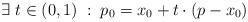
LaTeX: \begin{align*} \exists \; t \in (0,1) \; : \; p_0 = x_0 + t \cdot (p - x_0) \; \end{align*}